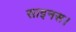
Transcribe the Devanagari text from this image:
साइनस।